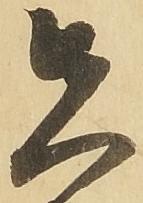
先